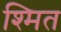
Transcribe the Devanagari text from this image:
श्मित